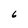
Character: 6